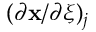
( \partial \mathbf { x } / \partial \boldsymbol { \xi } ) _ { j }